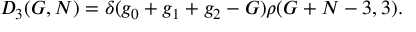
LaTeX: D _ { 3 } ( G , N ) = \delta ( g _ { 0 } + g _ { 1 } + g _ { 2 } - G ) \rho ( G + N - 3 , 3 ) .